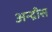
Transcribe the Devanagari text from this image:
अन्द्रीस